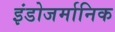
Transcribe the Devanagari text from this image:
इंडोजर्मानिक